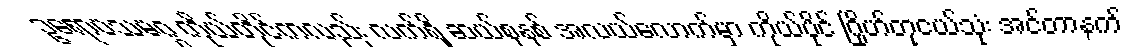
ဥရောပသမဂ္ဂ ကိုယ်တိုင်ကလည်း လက်ရှိ ဆယ်စုနှစ် အလယ်လောက်မှာ ကိုယ်ပိုင် ဂြိုဟ်တုငယ်သုံး အင်တာနက်